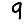
Digit: 9